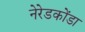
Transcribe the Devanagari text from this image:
नेरेडकोंडा